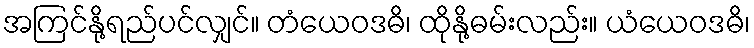
အကြင်နို့ရည်ပင်လျှင်။ တံယေဝဒဓိ၊ ထိုနို့ဓမ်းလည်း။ ယံယေဝဒဓိ၊